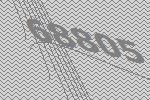
68805